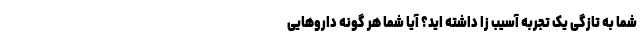
شما به تازگی یک تجربه آسیب زا داشته اید؟ آیا شما هر گونه داروهایی